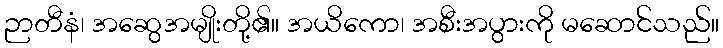
ဉာတီနံ၊ အဆွေအမျိုးတို့၏။ အယိကော၊ အစီးအပွားကို မဆောင်သည်။